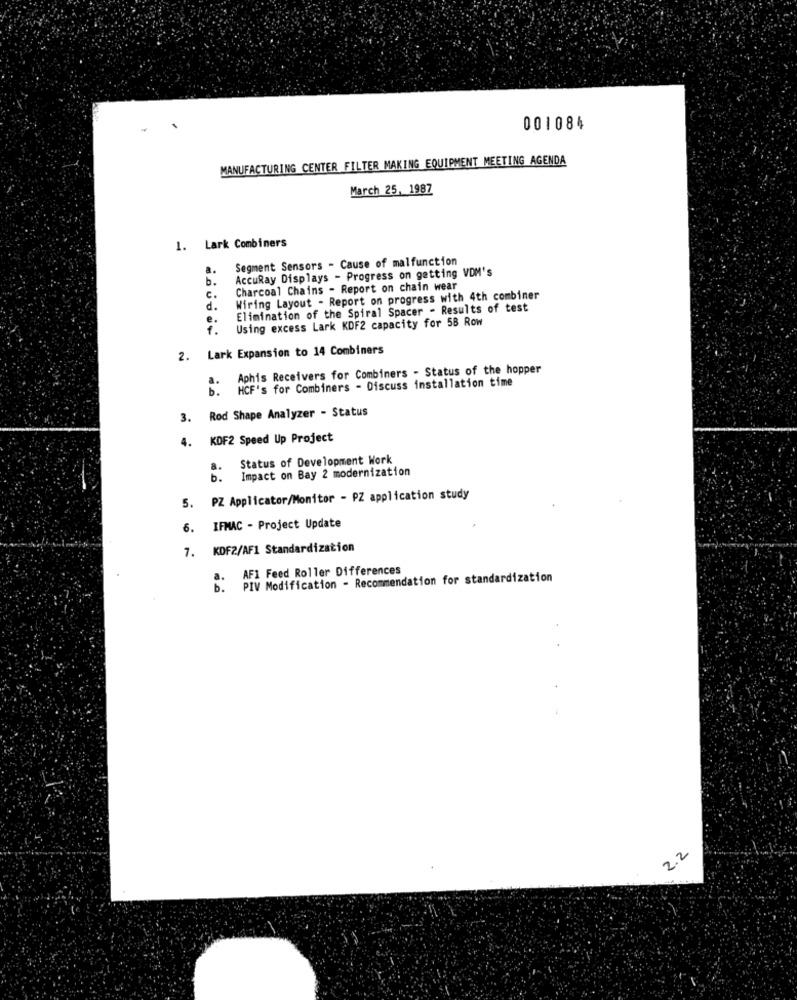
001084
MANUFACTURING CENTER FILTER MAKING EQUIPMENT MEETING AGENDA
March 25, 1987
1. Lark Combiners
Segment Sensors - Cause of malfunction
a.
AccuRay Displays - Progress on getting VDM's
b.
Charcoal Chains - Report on chain wear
C.
Wiring Layout - Report on progress with 4th combiner
d.
Elimination of the Spiral Spacer - Results of test
Using excess Lark KDF2 capacity for 58 Row
2. Lark Expansion to 14 Combiners
Aphis Receivers for Combiners - Status of the hopper
HCF's for Combiners - Discuss installation time
3. Rod Shape Analyzer - Status
4.
KDF2 Speed Up Project
Status of Development Work
8.
Impact on Bay 2 modernization
b.
5. PZ Applicator/Monitor - PZ application study
6. IFMAC - Project Update
7. KDF2/AF1 Standardization
AF1 Feed Roller Differences
PIV Modification - Recommendation for standardization
2.2